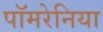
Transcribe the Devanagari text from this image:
पॉमरेनिया